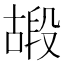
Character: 𠽠